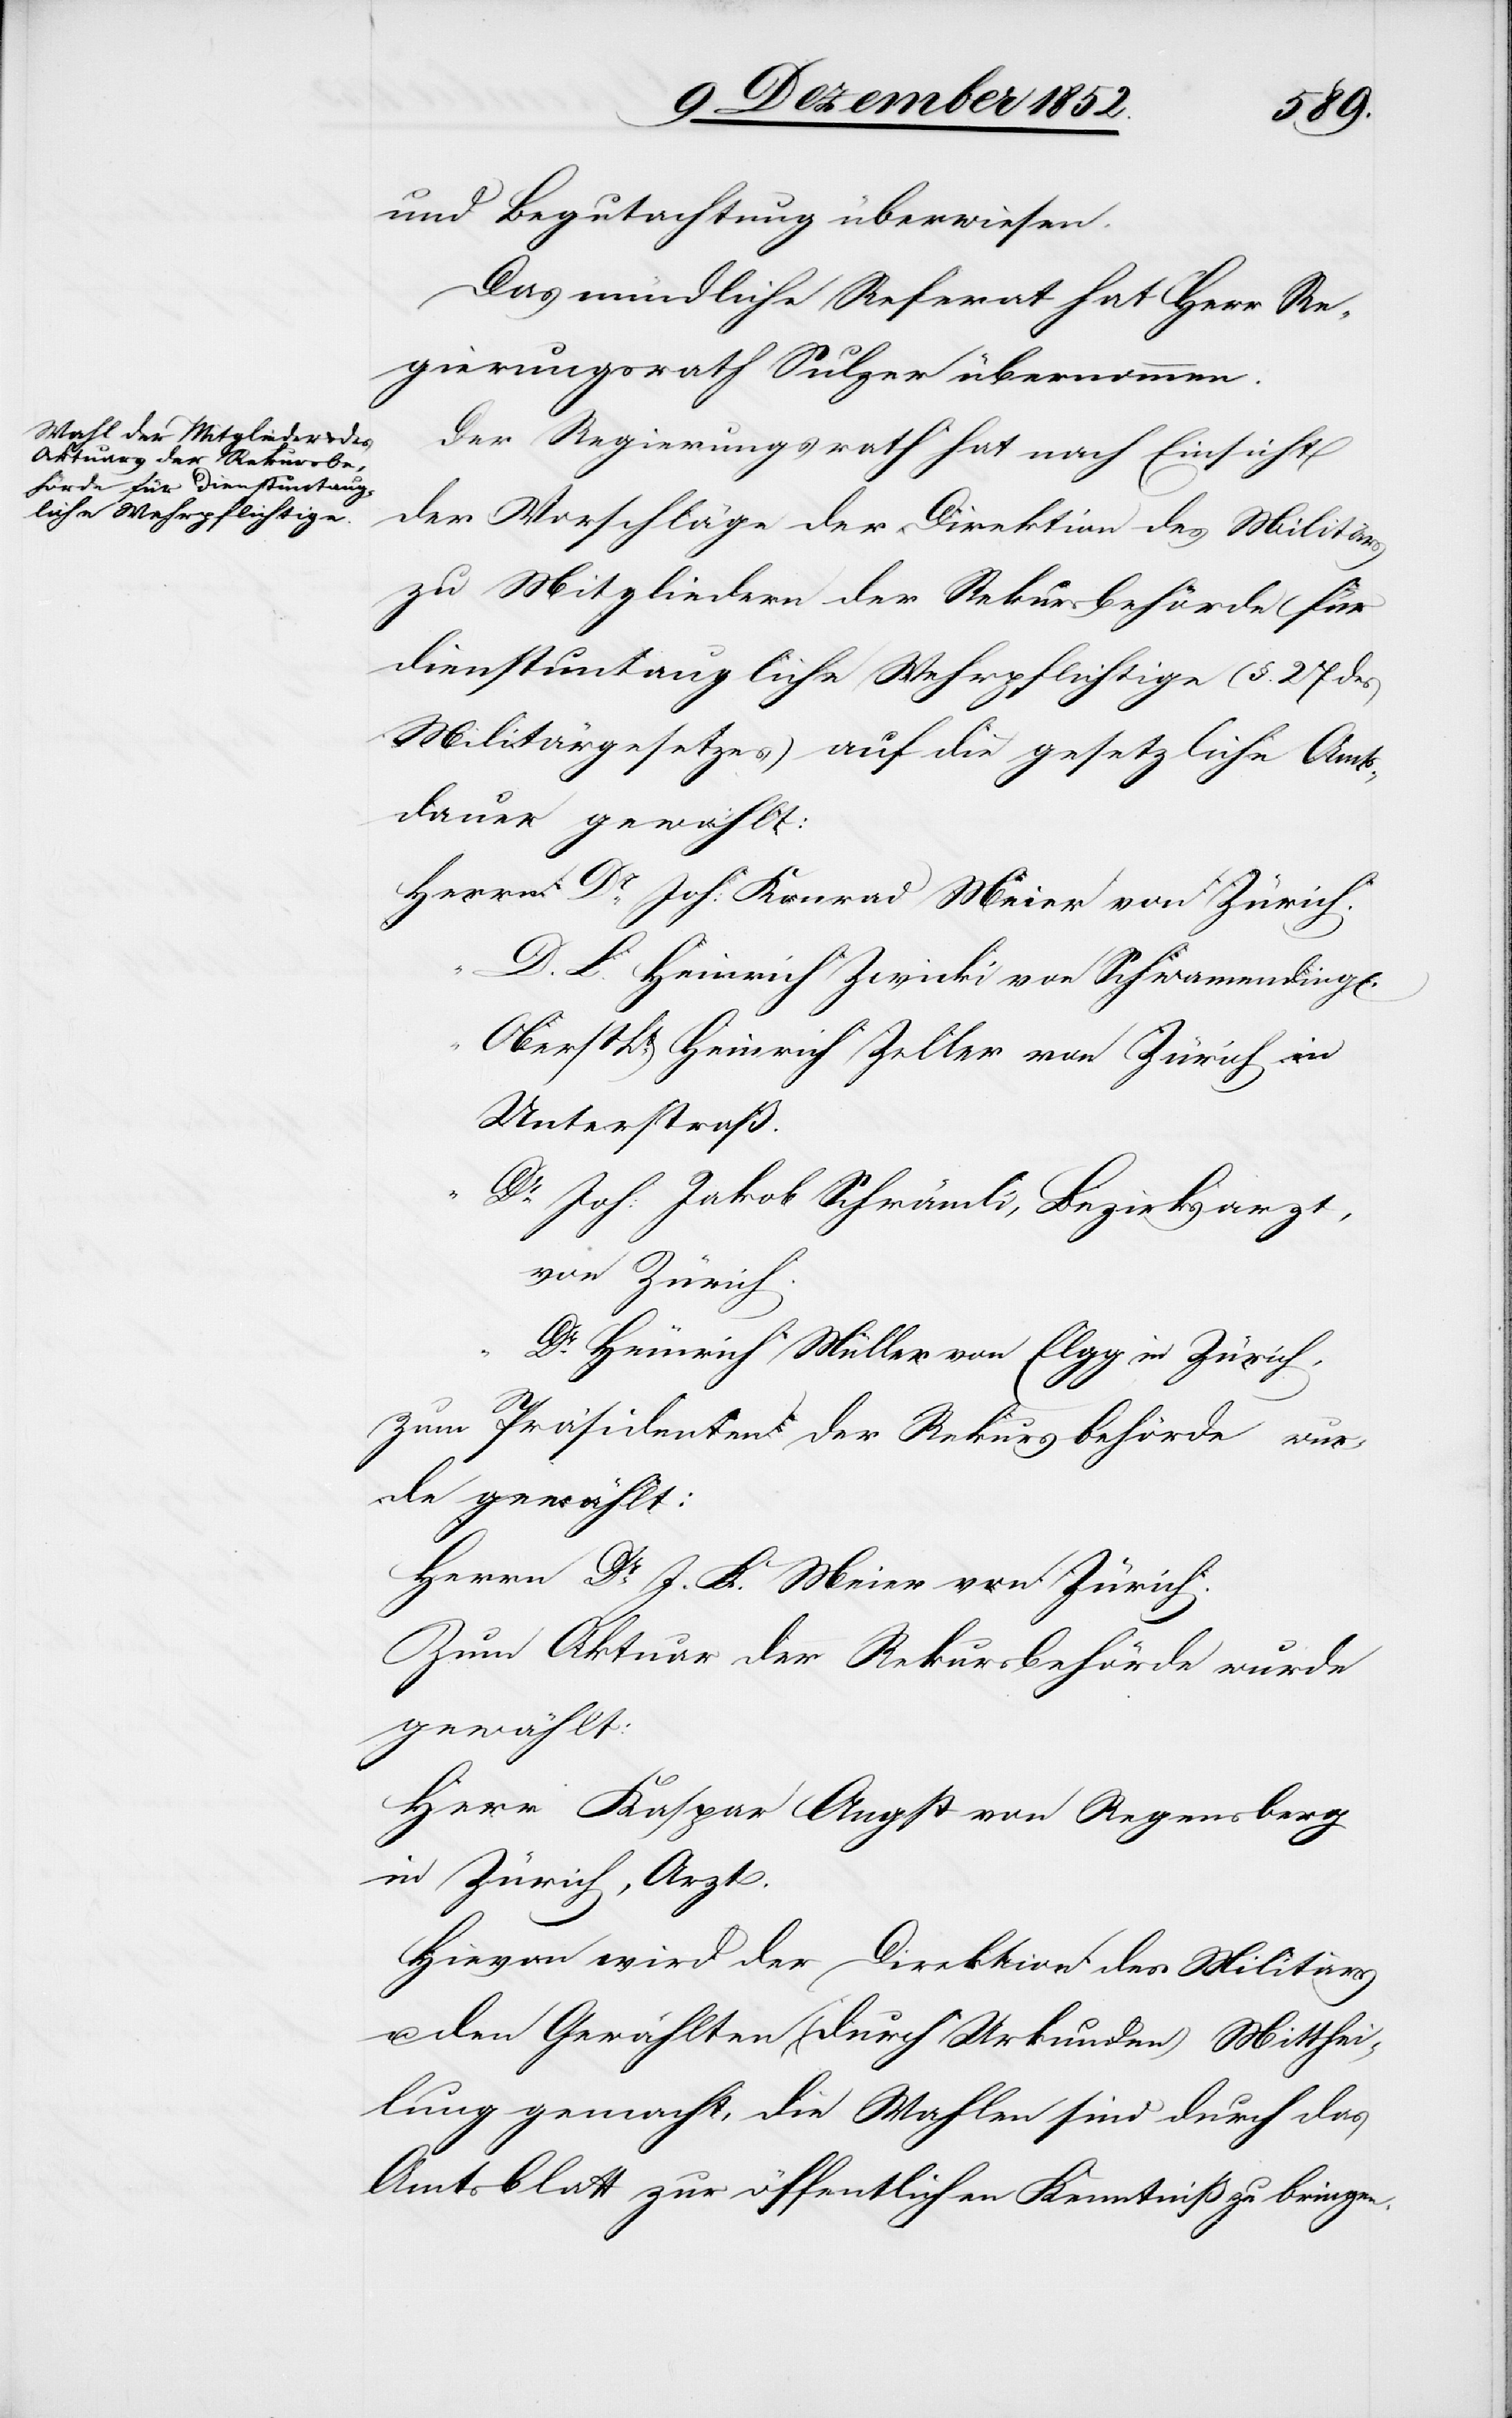
und Begutachtung überwiesen.
Das mündliche Referat hat Herr Re¬
gierungsrath Sulzer übernommen.
Der Regierungsrath hat nach Einsicht
der Vorschläge der Direktion des Militärs
zu Mitgliedern der Rekursbehörde für
dienstuntaugliche Wehrpflichtige (§. 27 des
Militärgesetzes) auf die gesetzliche Amts¬
dauer gewählt:
D. L. Heinrich Zwicki von Schwamending[en]
Oberst Lt. Heinrich Zeller von Zürich in
Unterstraß.
Dr. Joh: Jakob Schrämli, Bezirksarzt,
von Zürich.
Dr. Heinrich Müller von Elgg in Zürich,
Zum Präsidenten der Rekursbehörde wur¬
de gewählt:
Herrn Dr. J. K. Meier von Zürich
Zum Aktuar der Rekursbehörde wurde
gewählt:
Herr Kaspar Angst von Regensberg
in Zürich, Arzt.
Hievon wird der Direktion des Militärs
u. den Gewählten (durch Urkunden) Mitthei¬
lung gemacht, die Wahlen sind durch das
Amtsblatt zur öffentlichen Kenntniß zu bringen.